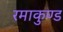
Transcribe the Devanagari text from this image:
रमाकुण्ड